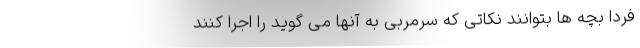
فردا بچه ها بتوانند نکاتی که سرمربی به آنها می ‌گوید را اجرا کنند